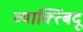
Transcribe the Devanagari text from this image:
व्याक्त्बिंदू